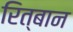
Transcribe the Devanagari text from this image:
रित्बान